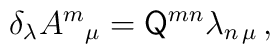
\delta_{\lambda} A^{m}{}_{\mu}= \mathsf{Q}^{mn}\lambda_{n\, \mu}\, ,